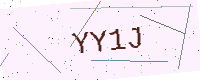
Text: YY1J